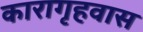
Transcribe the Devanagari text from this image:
कारागृहवास